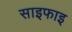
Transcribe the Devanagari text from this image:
साइफाइ